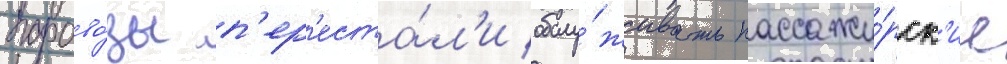
парово́зы п'ер'еста́л'и обслу́живать пассажи́рск'ие